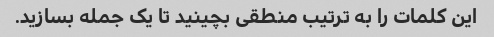
این کلمات را به ترتیب منطقی بچینید تا یک جمله بسازید.